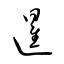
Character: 暹